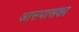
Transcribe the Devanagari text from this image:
आसपासका